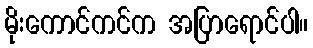
မိုးကောင်ကင်က အပြာရောင်ပါ။